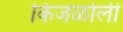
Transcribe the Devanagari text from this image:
किंजळोली